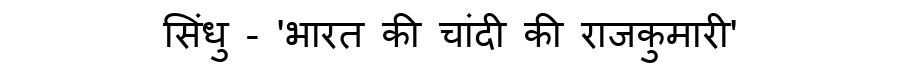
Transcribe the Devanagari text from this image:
सिंधु - 'भारत की चांदी की राजकुमारी'